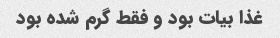
غذا بیات بود و فقط گرم شده بود